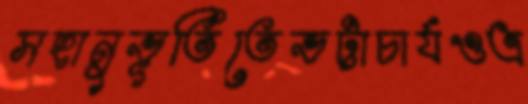
সহানুভূতিতেভট্টাচার্যওত্র